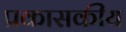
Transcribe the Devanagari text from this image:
प्रकासकीय